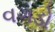
વગડો